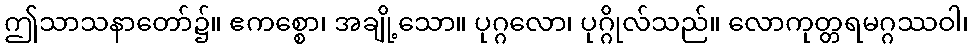
ဤသာသနာတော်၌။ ဧကစ္စော၊ အချို့သော။ ပုဂ္ဂလော၊ ပုဂ္ဂိုလ်သည်။ လောကုတ္တရမဂ္ဂဿဝါ၊